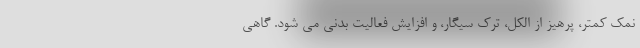
نمک کمتر، پرهیز از الکل، ترک سیگار، و افزایش فعالیت بدنی می شود. گاهی